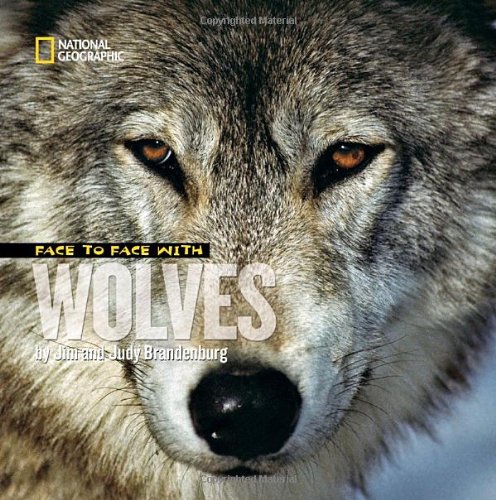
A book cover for Face to Face with Wolves (Face to Face with Animals); Jim Brandenburg; Children's Books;